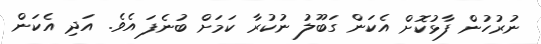
ނުރުހުން ފާޅުކޮށް އެކަން ގަބޫލު ނުކުރާ ކަމަށް ބުނެފަ އެވެ. އަދި އެކަން